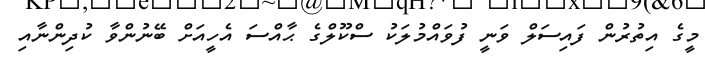
މީގެ އިތުރުން ފައިސަލް ވަނީ ފުވައްމުލަކު ސްކޫލްގެ ޙާއްސަ އެހީއަށް ބޭނުންވާ ކުދިންނާއި